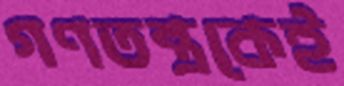
গণতন্ত্রকেই